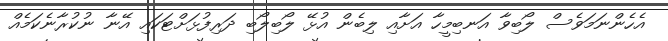
އެހެންނަމަވެސް ލޯބިވާ އަނބިމީހާ އަށާއި ލިބެން އުޅޭ ލޯބިލޯބި ދަރިފުޅަށްޓަކައި އޭނާ ނުކުރާނެކަމެއް